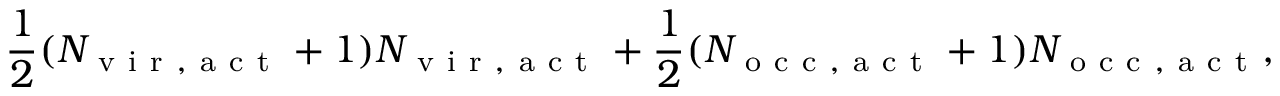
\frac { 1 } { 2 } ( N _ { \mathrm { ~ v ~ i ~ r ~ , ~ a ~ c ~ t ~ } } + 1 ) N _ { \mathrm { ~ v ~ i ~ r ~ , ~ a ~ c ~ t ~ } } + \frac { 1 } { 2 } ( N _ { \mathrm { ~ o ~ c ~ c ~ , ~ a ~ c ~ t ~ } } + 1 ) N _ { \mathrm { ~ o ~ c ~ c ~ , ~ a ~ c ~ t ~ } } ,